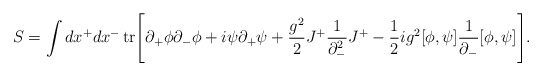
\begin{align*}S = \int dx^{+}dx^{-} \, {\rm tr} \Bigg[ \partial_{+}\phi\partial_{-}\phi+i\psi\partial_{+}\psi +\frac{g^2}{2}J^{+}\frac{1}{\partial_{-}^{2}}J^{+}-\frac{1}{2}ig^2 [\phi,\psi]\frac{1}{\partial_{-}} [\phi,\psi] \Bigg].\end{align*}